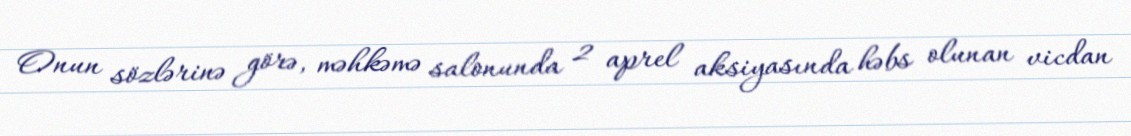
Onun sözlərinə görə, məhkəmə salonunda 2 aprel aksiyasında həbs olunan vicdan